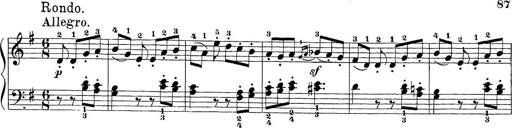
Title: Sonatina Album
Composer: Louis KÃ¶hler